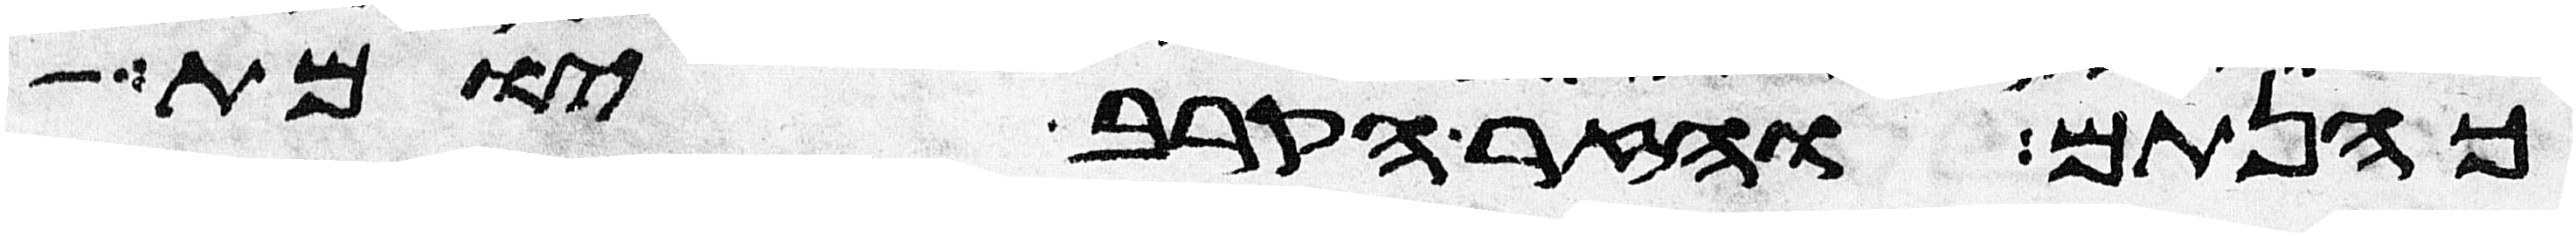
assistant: כהנתם והזר הקרב יומת